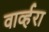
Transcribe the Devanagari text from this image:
वार्व्हरा